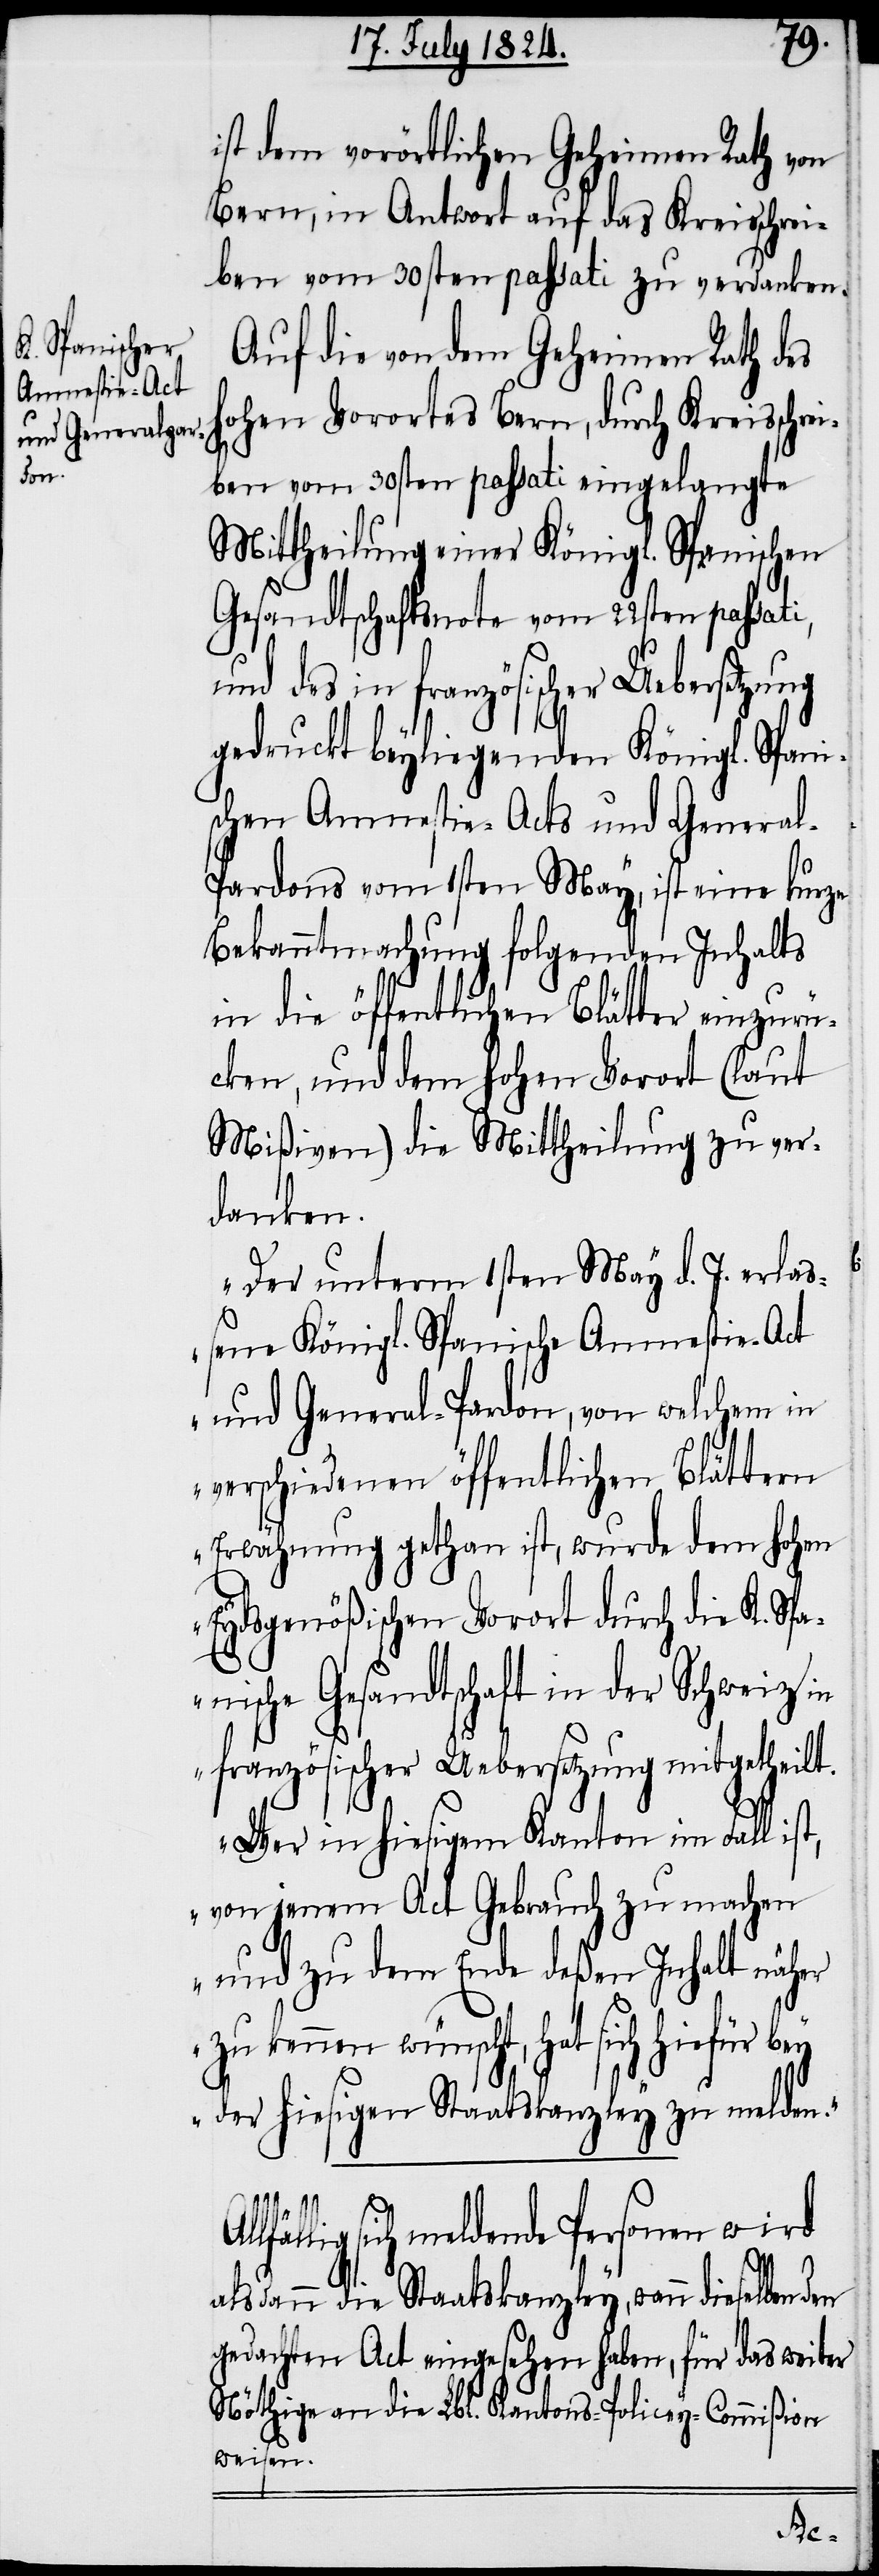
ist dem vorörtlichen Geheimen Rath von
Bern, in Antwort auf das Kreisschrei¬
ben vom 30sten passati zu verdanken.
Auf die von dem Geheimen Rath des
hohen Vorortes Bern, durch Kreisschrei¬
ben vom 30sten passati eingelangte
Mittheilung einer Königl. Spanischen
Gesandtschaftsnote vom 22sten passati,
und des in französischer Uebersetzung
gedruckt beyliegenden Königl. Spani¬
schen Amnestie-Acts und Genera¬
l-Pardons vom 1sten May, ist eine kurze
Bekanntmachung folgenden Inhalts
in die öffentlichen Blätter einzurü¬
cken, und dem hohen Vorort (laut
Mißiven) die Mittheilung zu ver¬
danken.
„Der unterm 1sten May d. J. erla¬
ßene Königl. Spanische Amnestie-Act
und General-Pardon, von welchem in
verschiedenen öffentlichen Blättern
Erwähnung gethan ist, wurde dem hohen
Eydsgenößischen Vorort durch die K. Sp¬
anische Gesandtschaft in der Schweiz in
französischer Uebersetzung mitgetheilt.
Wer in hiesigem Kanton im Fall ist,
von jenem Act Gebrauch zu machen
und zu dem Ende deßen Inhalt näher
kennen wünscht, hat sich hiefür
der hiesigen Staatskanzley zu melden.“
sich meldende Personen wird
alsdann die Staatskanzley, wann dieselben den
gedachten Act eingesehen haben, für das weiter
Nöthige an die Lbl. Kantons-Policey-Commißion
weisen.